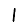
Digit: 1